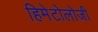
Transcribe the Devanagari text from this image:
हिमेटोलोजी